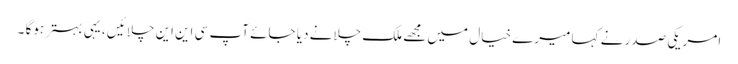
امریکی صدر نے کہا میرے خیال میں مجھے ملک چلانے دیا جائے آپ سی این این چلائیں ، یہی بہتر ہوگا ۔